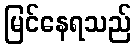
မြင်နေရသည်